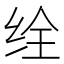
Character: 𬘥